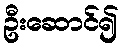
ဦးဆောင်၍